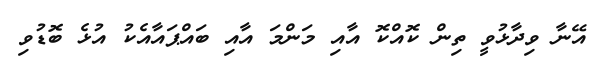
އޭނާ ވިދާޅުވީ ތިން ކޮއްކޮ އާއި މަންމަ އާއި ބައްޕައާއެކު އުޅެ ބޮޑުވި